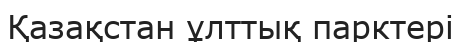
Қазақстан ұлттық парктері